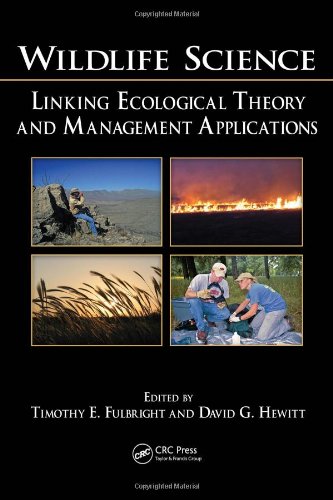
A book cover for Wildlife Science: Linking Ecological Theory and Management Applications; Science & Math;